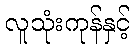
လူသုံးကုန်နှင့်